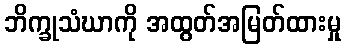
ဘိက္ခုသံဃာကို အထွတ်အမြတ်ထားမှု